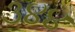
૩૪૪